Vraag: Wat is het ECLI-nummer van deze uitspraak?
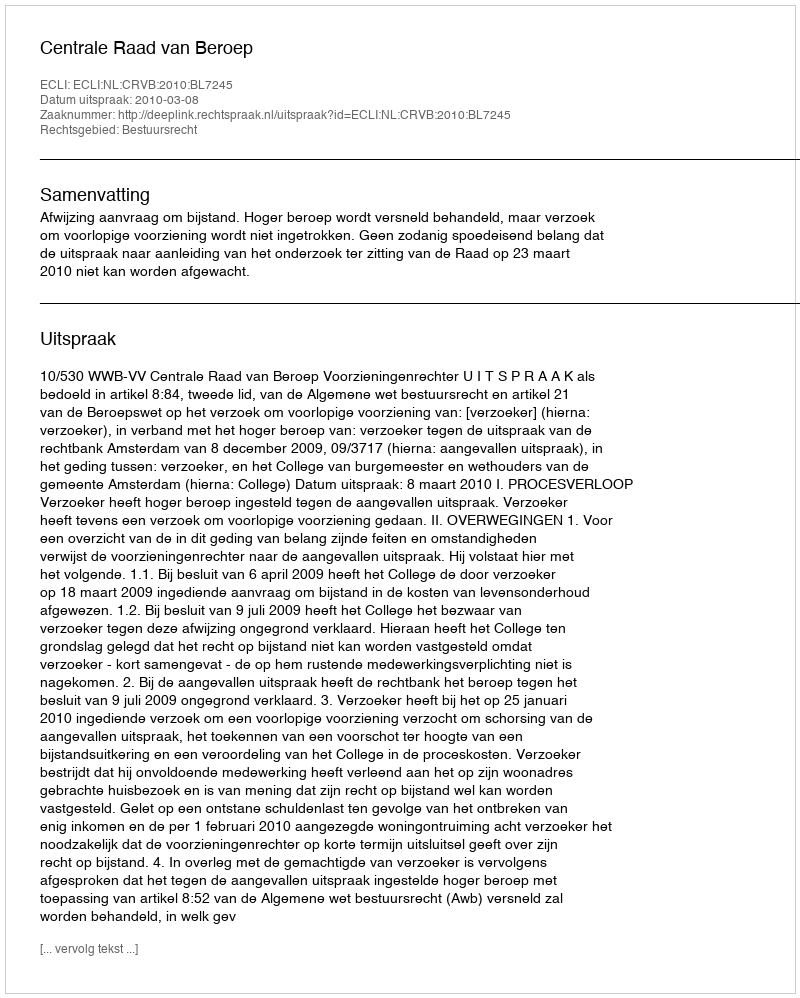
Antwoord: ECLI:NL:CRVB:2010:BL7245